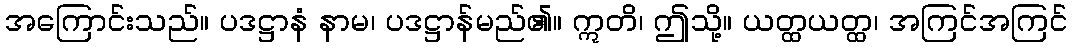
အကြောင်းသည်။ ပဒဋ္ဌာနံ နာမ၊ ပဒဋ္ဌာန်မည်၏။ ဣတိ၊ ဤသို့။ ယတ္ထယတ္ထ၊ အကြင်အကြင်